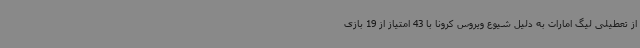
از تعطیلی لیگ امارات به دلیل شیوع ویروس کرونا با 43 امتیاز از 19 بازی